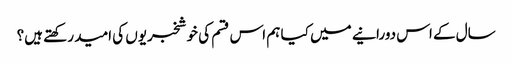
سال کے اس دورانیے میں کیا ہم اس قسم کی خوشخبریوں کی امید رکھتے ہیں؟